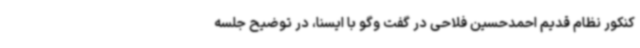
کنکور نظام قدیم احمدحسین فلاحی در گفت وگو با ایسنا، در توضیح جلسه